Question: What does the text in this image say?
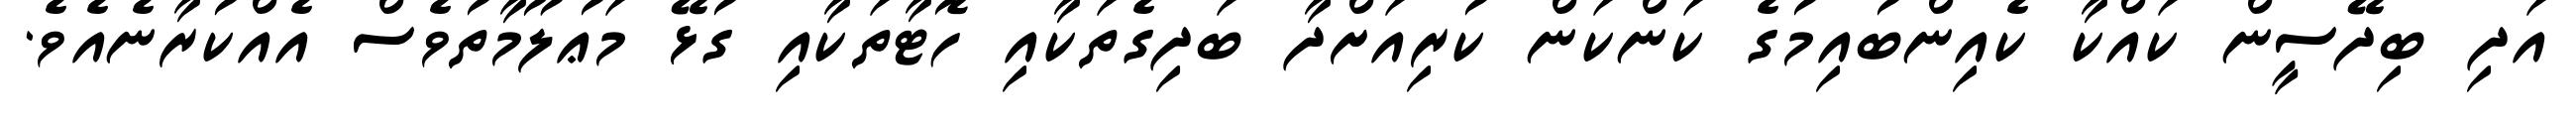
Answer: އަދި ބިދޭސީން ކައްކާ ކެއިންބުއިމުގެ ކަންކަން ކުރިއަށްދާ ބަދިގެތަކާއި ހޮޓާތަކާއި ގުޅޭ މަޢުލޫމާތުވެސް އެއްކުރާނެއެވެ.